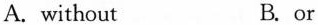
A. without B. or